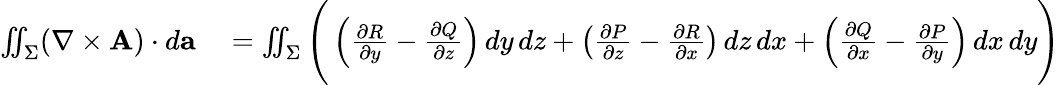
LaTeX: \begin{array}{rl}{\iint_{\Sigma}(\nabla\times\mathbf{A})\cdot d\mathbf{a}}&{{}=\iint_{\Sigma}{\Bigg(}\left({\frac{\partial R}{\partial y}}-{\frac{\partial Q}{\partial z}}\right)\, dy\, dz+\left({\frac{\partial P}{\partial z}}-{\frac{\partial R}{\partial x}}\right)\, dz\, dx+\left({\frac{\partial Q}{\partial x}}-{\frac{\partial P}{\partial y}}\right)\, dx\, dy{\Bigg)}}\end{array}